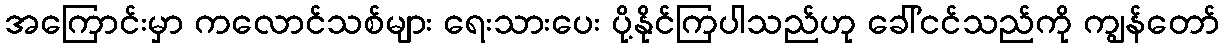
အကြောင်းမှာ ကလောင်သစ်များ ရေးသားပေး ပို့နိုင်ကြပါသည်ဟု ခေါ်ငင်သည်ကို ကျွန်တော်